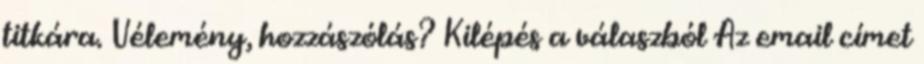
titkára. Vélemény, hozzászólás? Kilépés a válaszból Az email címet